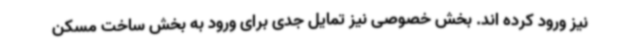
نیز ورود کرده اند. بخش خصوصی نیز تمایل جدی برای ورود به بخش ساخت مسکن